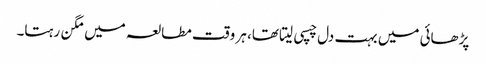
پڑھائی میں بہت دل چسپی لیتا تھا، ہر وقت مطالعہ میں مگن رہتا۔